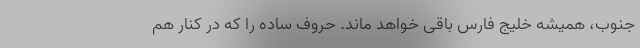
جنوب، همیشه خلیج فارس باقی خواهد ماند. حروف ساده را که در کنار هم